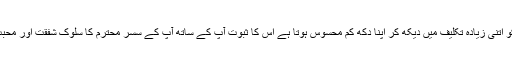
کسی کو اتنی زیادہ تکلیف میں دیکھ کر اپنا دکھ کم محسوس ہوتا ہے اس کا ثبوت آپ کے ساتھ آپ کے سسر محترم کا سلوکِ شفقت اور محبت ہے۔